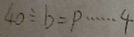
4 0 \div b = p \cdots 4